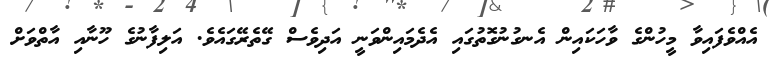
އެއްވެފައިވާ މީހުންގެ ވާހަކައިން އެނގުނުގޮތުގައި އެދެމައިންވަނީ އަދިވެސް ގޭތެރޭގައެވެ. އަލިފާނުގެ ހޫނާއި އާތްވަށް